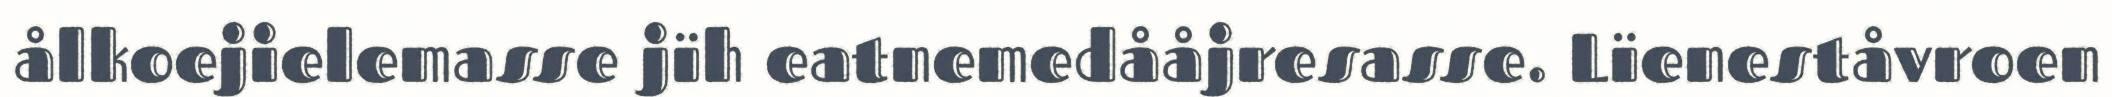
ålkoejielemasse jïh eatnemedååjresasse. Lïeneståvroen